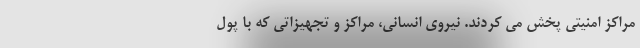
مراکز امنیتی پخش می کردند. نیروی انسانی، مراکز و تجهیزاتی که با پول